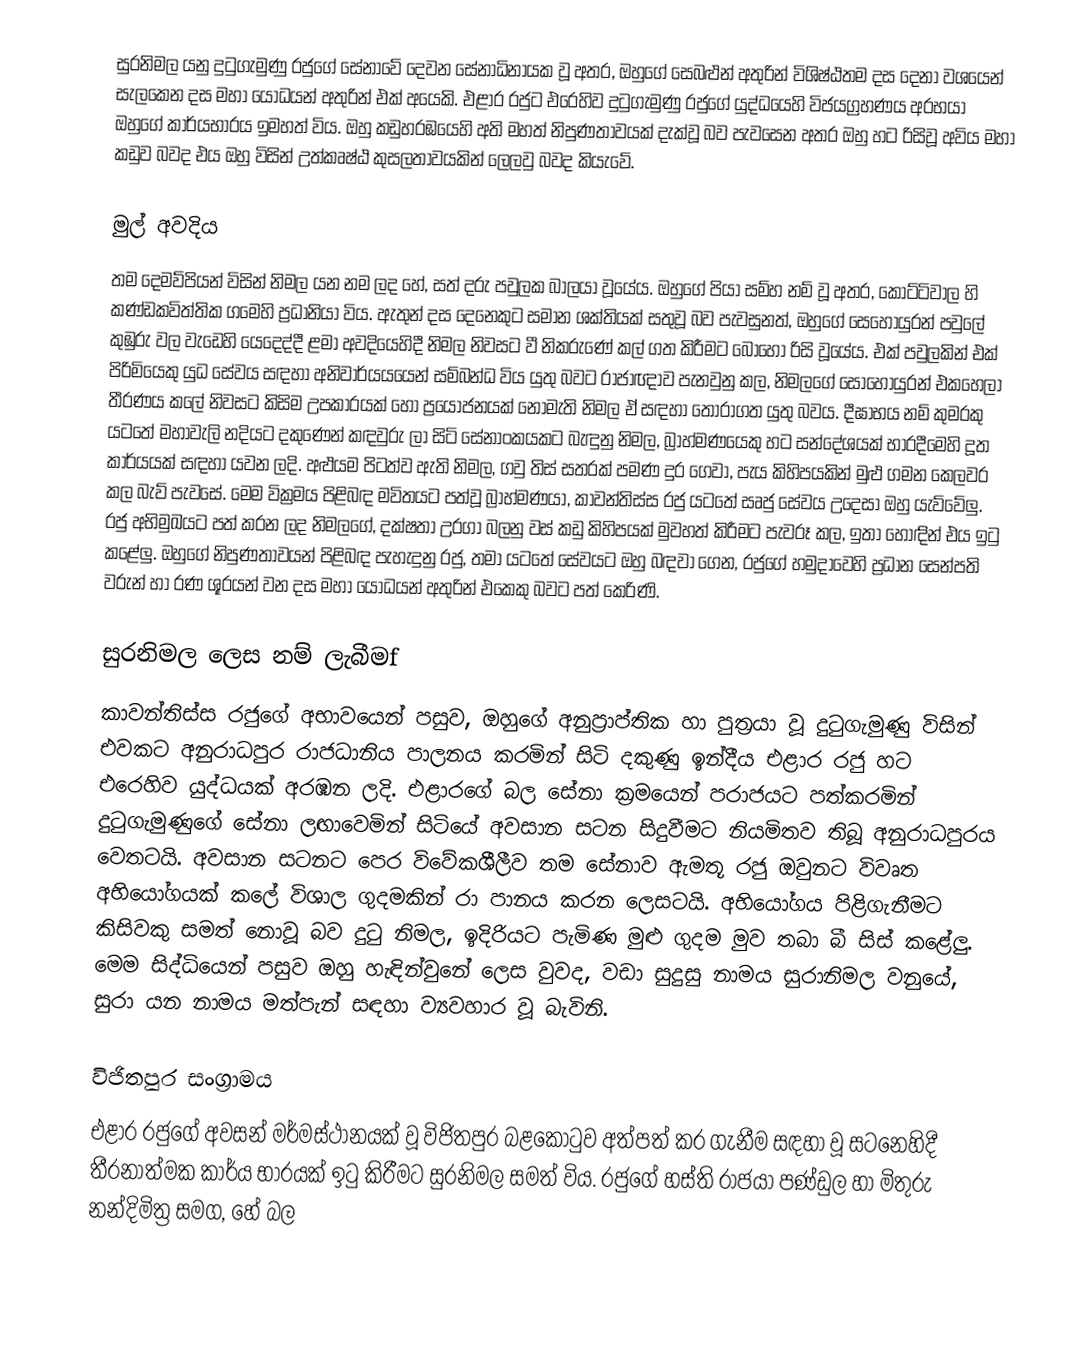
සුරනිමල යනු  දුටුගැමුණු රජුගේ සේනාවේ දෙවන සේනාධිනායක වූ අතර, ඔහුගේ සෙබළුන් අතුරින් විශිෂ්ඨතම දස දෙනා වශයෙන් සැලකෙන  දස මහා යෝධයන් අතුරින් එක් අයෙකි. එළාර රජුට එරෙහිව දුටුගැමුණු රජුගේ යුද්ධයෙහි විජයග්‍රහණය අරභයා ඔහුගේ කාර්යභාරය ඉමහත් විය. ඔහු කඩුහරඹයෙහි අති මහත් නිපුණතාවයක් දැක්වූ බව පැවසෙන අතර ඔහු හට රිසිවූ අවිය මහා කඩුව බවද එය ඔහු විසින් උත්කෘෂ්ඨ කුසලතාවයකින් ලෙලවු බවද කියැවේ.

මුල් අවදිය
තම දෙමව්පියන් විසින් නිමල යන නම ලද හේ, සත් දරු පවුලක බාලයා වූයේය. ඔහුගේ පියා සම්හ නම් වූ අතර, කොට්ටිවාල හි කණ්ඩකවිත්තික ගමෙහි ප්‍රධානියා විය. ඇතුන් දස දෙනෙකුට සමාන ශක්තියක් සතුවූ බව පැවසුනත්, ඔහුගේ සෙහොයුරන් පවුලේ කුඹුරු වල වැඩෙහි යෙදෙද්දී ළමා අවදියෙහිදී නිමල නිවසට වී නිකරුණේ කල් ගත කිරීමට බොහෝ රිසි වූයේය. එක් පවුලකින් එක් පිරිමියෙකු යුධ සේවය සඳහා අනිවාර්යයයෙන් සම්බන්ධ විය යුතු බවට රාජාඥාව පැනවුනු කල, නිමලගේ සොහොයුරන් එකහෙලා තීරණය කලේ නිවසට කිසිම උපකාරයක් හෝ ප්‍රයෝජනයක් නොමැති නිමල ඒ සඳහා තෝරාගත යුතු බවය. දීඝාභය නම් කුමරකු යටතේ මහාවැලි  නදියට දකුණෙන් කඳවුරු ලා සිටි සේනාංකයකට බැඳුනු නිමල, බ්‍රාහ්මණයෙකු හට සන්දේශයක් භාරදීමෙහි දූත කාර්යයක් සඳහා යවන ලදි. අළුයම පිටත්ව ඇති නිමල, ගවු තිස් සතරක් පමණ දුර ගෙවා, පැය කිහිපයකින් මුළු ගමන කෙලවර කල බැව් පැවසේ. මෙම වික්‍රමය පිළිබඳ මවිතයට පත්වූ බ්‍රාහ්මණයා, කාවන්තිස්ස රජු යටතේ සෘජු සේවය උදෙසා ඔහු යැව්වේලු. රජු අභිමුඛයට පත් කරන ලද නිමලගේ, දක්ෂතා උරගා බලනු වස් කඩු කිහිපයක් මුවහත් කිරීමට පැවරූ කල, ඉතා හොඳින් එය ඉටු කළේලු. ඔහුගේ නිපුණතාවයන් පිළිබඳ පැහැදුනු රජු, තමා යටතේ සේවයට ඔහු බඳවා ගෙන, රජුගේ හමුදාවෙහි ප්‍රධාන සෙන්පති වරුන් හා රණ ශූරයන් වන  දස මහා යෝධයන් අතුරින් එකෙකු බවට පත් කෙරිණි.

සුරනිමල ලෙස නම් ලැබීමf
කාවන්තිස්ස රජුගේ අභාවයෙන් පසුව, ඔහුගේ අනුප්‍රාප්තික හා පුත්‍රයා වූ දුටුගැමුණු  විසින් එවකට අනුරාධපුර රාජධානිය පාලනය කරමින් සිටි දකුණු ඉන්දීය එළාර රජු හට එරෙහිව යුද්ධයක් අරඹන ලදි. එළාරගේ බල සේනා ක්‍රමයෙන් පරාජයට පත්කරමින් දුටුගැමුණුගේ සේනා ලඟාවෙමින් සිටියේ අවසාන සටන සිදුවීමට නියමිතව තිබූ අනුරාධපුරය වෙතටයි. අවසාන සටනට පෙර විවේකශීලීව තම සේනාව ඇමතූ රජු ඔවුනට විවෘත අභියෝගයක් කලේ විශාල ගුදමකින් රා පානය කරන ලෙසටයි. අභියෝගය පිළිගැනීමට කිසිවකු සමත් නොවූ බව දුටු නිමල, ඉදිරියට පැමිණ මුළු ගුදම මුව තබා බී සිස් කළේලු. මෙම සිද්ධියෙන් පසුව ඔහු හැඳින්වුනේ  ලෙස වුවද, වඩා සුදුසු නාමය සුරානිමල වනුයේ,  සුරා යන නාමය මත්පැන් සඳහා ව්‍යවහාර වූ බැවිනි.

විජිතපුර සංග්‍රාමය
එළාර රජුගේ අවසන් මර්මස්ථානයක් වූ විජිතපුර බළකොටුව අත්පත් කර ගැනීම සඳහා වූ සටනෙහිදී  තීරනාත්මක කාර්ය භාරයක් ඉටු කිරීමට සුරනිමල සමත් විය. රජුගේ හස්ති රාජයා පණ්ඩුල හා මිතුරු නන්දිමිත්‍ර සමග,  හේ බල